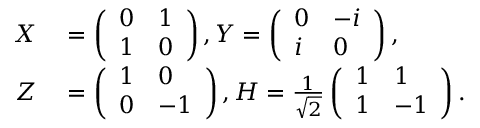
\begin{array} { r l } { X } & { { } = \left( \begin{array} { l l } { 0 } & { 1 } \\ { 1 } & { 0 } \end{array} \right) , Y = \left( \begin{array} { l l } { 0 } & { - i } \\ { i } & { 0 } \end{array} \right) , } \\ { Z } & { { } = \left( \begin{array} { l l } { 1 } & { 0 } \\ { 0 } & { - 1 } \end{array} \right) , H = \frac { 1 } { \sqrt { 2 } } \left( \begin{array} { l l } { 1 } & { 1 } \\ { 1 } & { - 1 } \end{array} \right) . } \end{array}